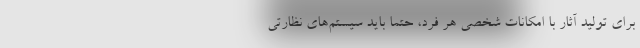
برای تولید آثار با امکانات شخصی هر فرد، حتماً باید سیستم‌های نظارتی